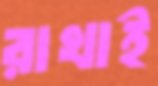
রাখাই